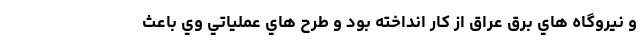
و نيروگاه هاي برق عراق از كار انداخته بود و طرح هاي عملياتي وي باعث